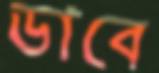
ডাবে